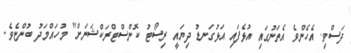
ދަސްވި. އެހެންވެ އެތަނުގައި އުޅެފައި އަޅުގަނޑު ދިޔައީ ރިސޯޓު ކޮންސްޓްރަކްޝަނަށް" މުހައްމަދު ބުންޏެވެ.